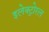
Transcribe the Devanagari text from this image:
इलेक्ट्रोरल